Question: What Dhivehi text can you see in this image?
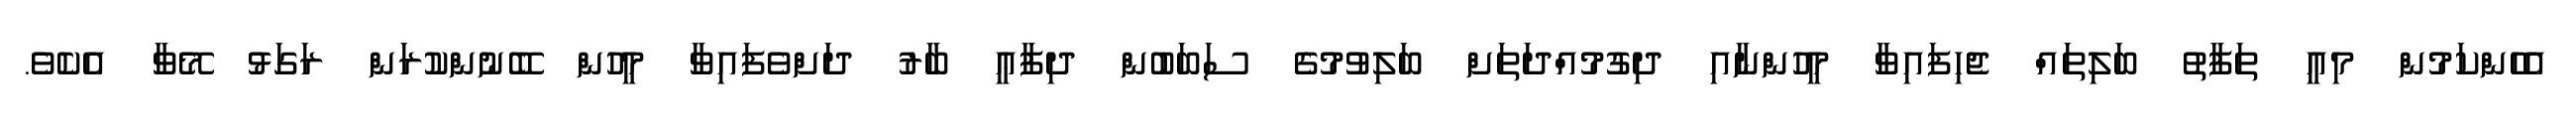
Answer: އެހެންކަމުން މިއީ ތަފާތު ބަލިތައް ޖެހިފައިވާ މީހުންނާއި ދިގުމުއްދަތަށް ބަލިވުމުގެ ސަބަބުން ދިފާޢީ ބާރު ދަށްވެފައިވާ މީހުން ބޭނުންކުރަން ރަގަޅު މޭވާ އެކެވެ.